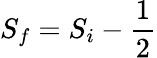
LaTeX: {S}_{f}={S}_{i}-\frac{1}{2}